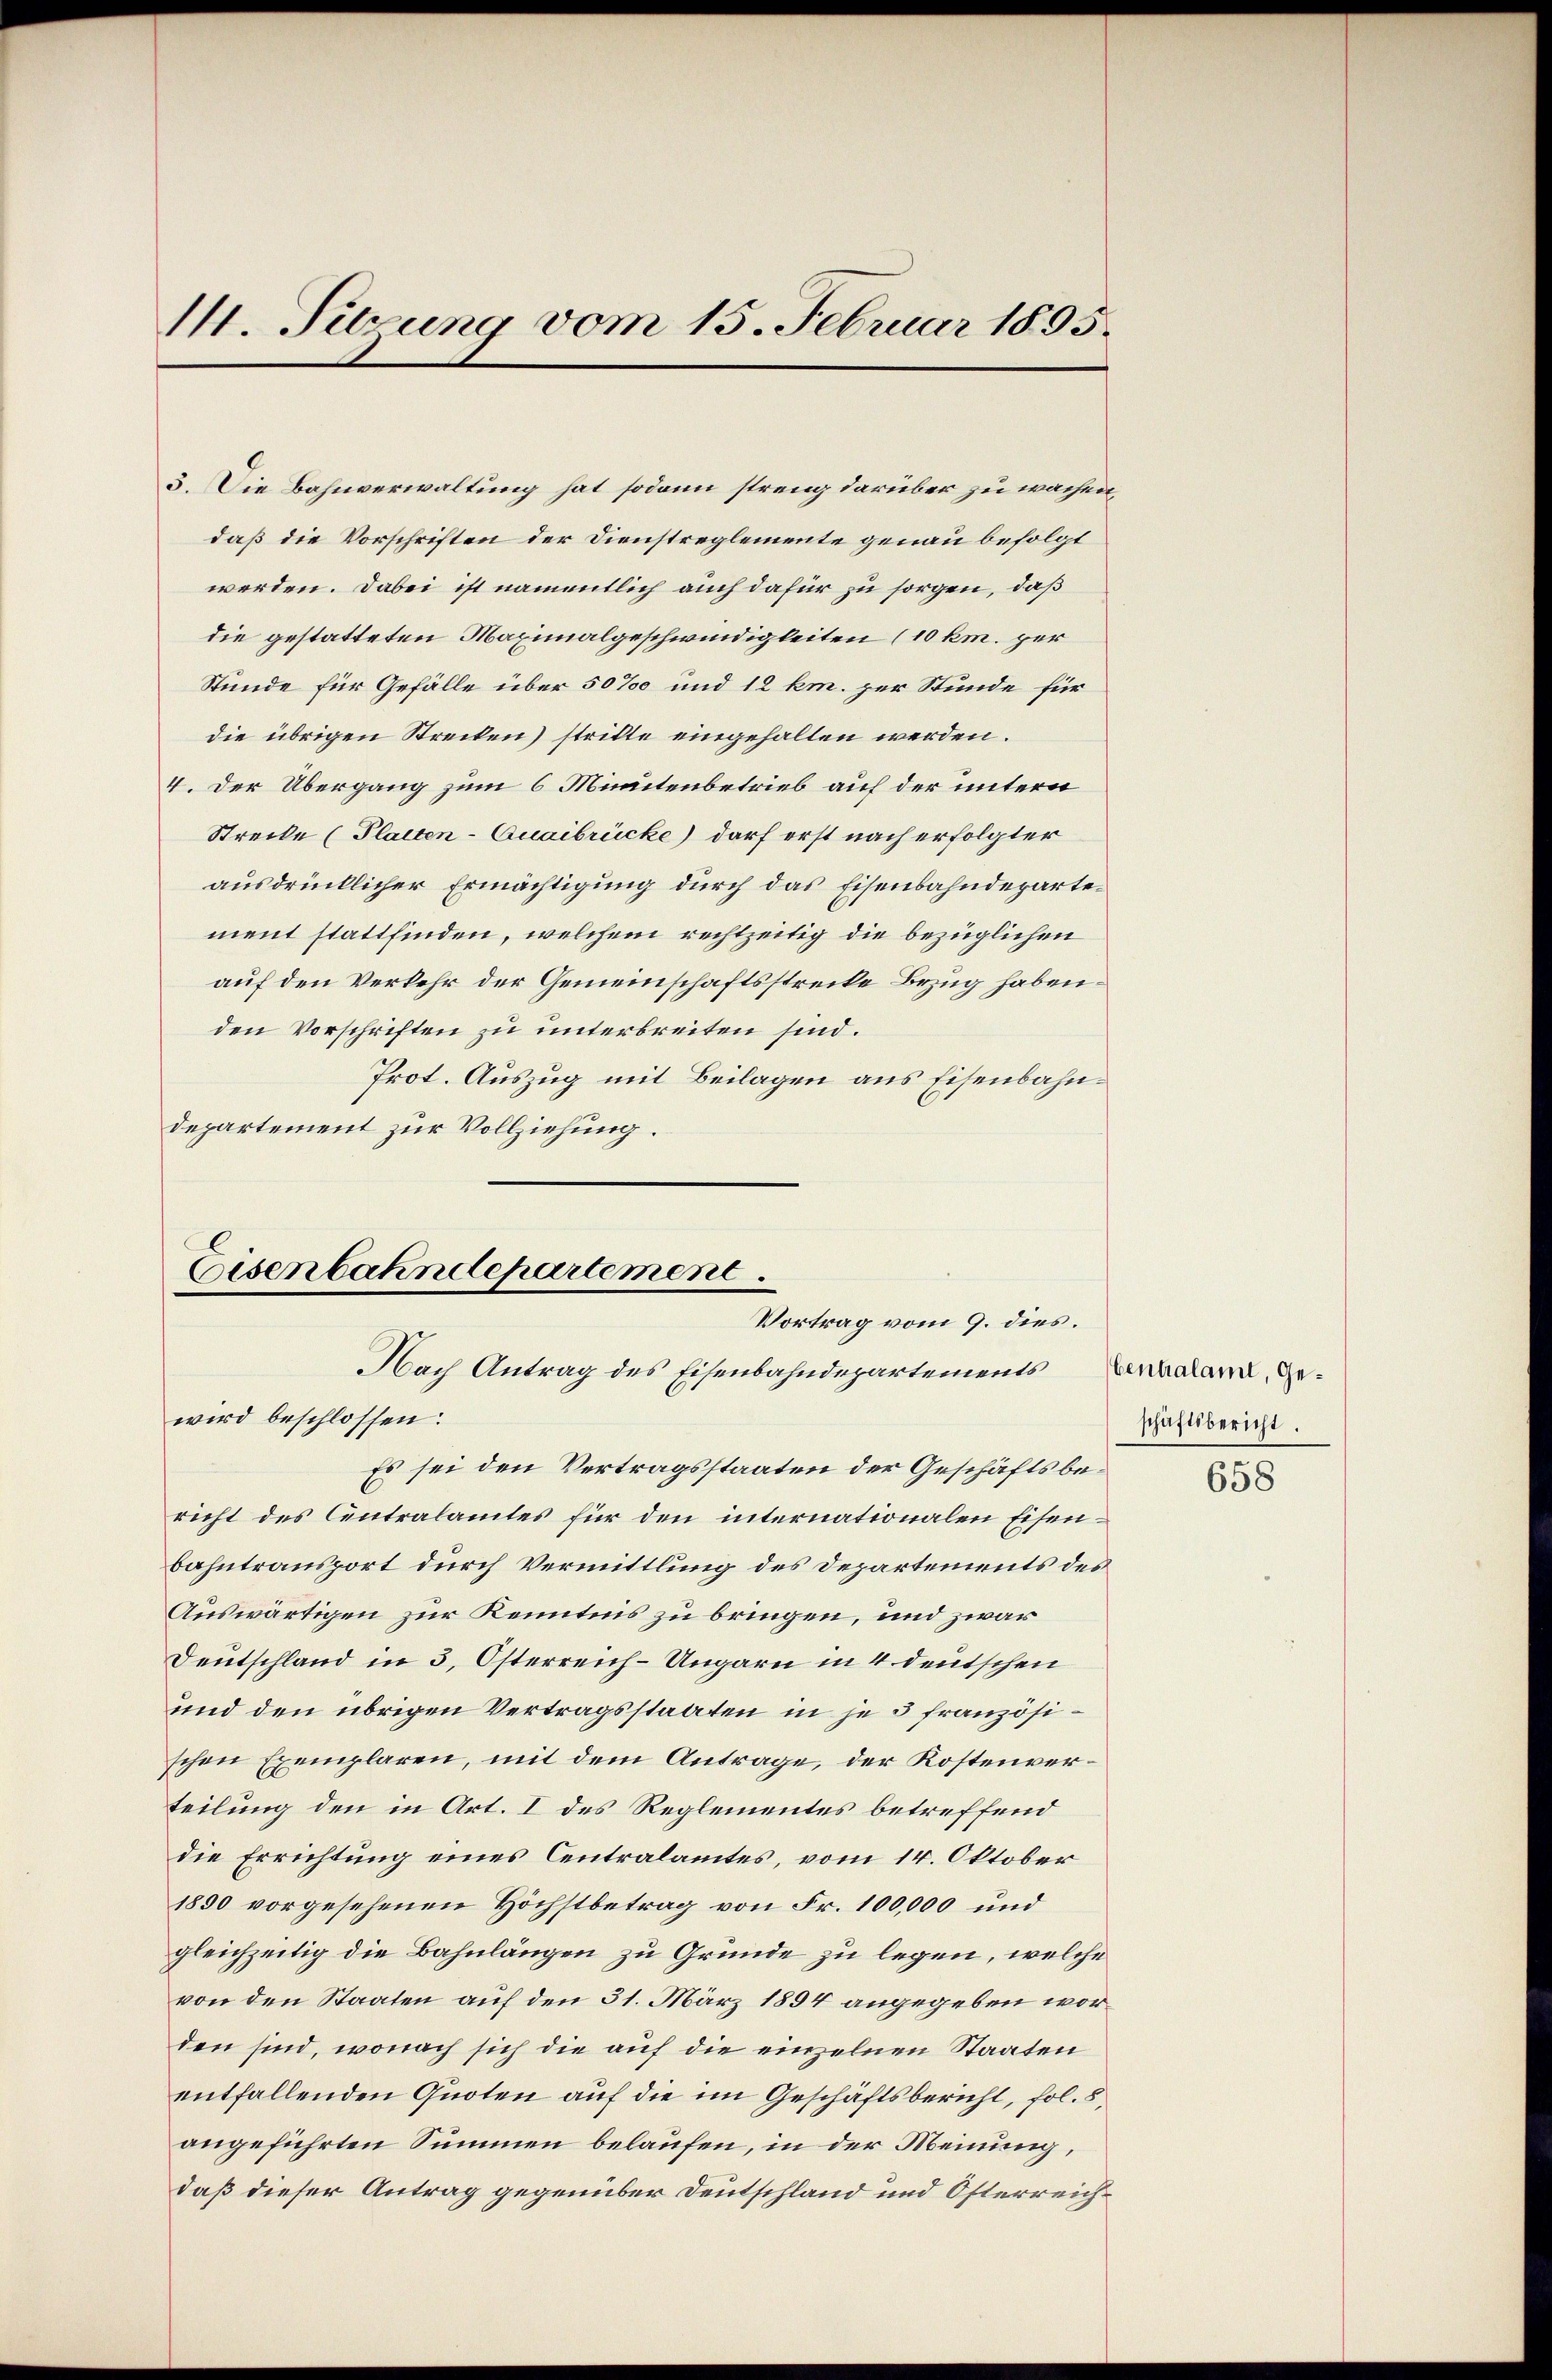
I4. Sitzung vom 15. Februar 1895.

3. Die Bahnverwaltung hat sodann streng darüber zu wachen,
daß die Vorschriften der Dienstreglemente genau befolgt
werden. Dabei ist namentlich auch dafür zu sorgen, daß
die gestatteten Maximalgeschwindigkeiten (10 km. per
Stunde für Gefälle über 50‰ und 12 km. zur Stunde für
die übrigen Strecken) stritte eingehalten werden.
4. Der Übergang zum 6 Minutenbetrieb auf der untern
Strecke (Platten-Quaibrücke) darf erst nach erfolgter
ausdrücklicher Ermächtigung durch das Eisenbahndepartement stattfinden, welchem rechtzeitig die bezüglichen
auf den Verkehr der Gemeinschaftsstrecke Bezug habenden Vorschriften zu unterbreiten sind.
Prot. Auszug mit Beilagen aus Eisenbahndepartement zur Vollziehung.

Eisenbahndepartement
Vortrag vom 9. dies.
Nach Antrag des Eisenbahndepartementskalam, ge¬

wird beschlossen:
Es sei den Vertragsstaaten der Geschäftsbericht des Centralamtes für den internationalen Eisenbahntransport durch Vermittlung des Departements des
Auswärtigen zur Kenntnis zu bringen, und zwar
Deutschland in 5, Österreich-Ungarn in 4 deutschen
und den übrigen Vertragsstaaten in je 3 französischen Exemplaren, mit dem Antrage, der Kostenverteilung den in Art. I des Reglementes betreffend
die Errichtung eines Centralamtes, vom 14. Oktober
1890 vorgesehenen Höchstbetrag von Fr. 100,000 und
gleichzeitig die Bahnlängen zu Gründe zu legen, welche
von den Staaten auf den 31. März 1894 angegeben worden sind, wonach sich die auf die einzelnen Staaten
entfallenden Quoten auf die im Geschäftsbericht, fol. 8
angeführten Summen belaufen, in der Meinung,
daß dieser Antrag gegenüber Deutschland und Osterreich¬

schäftsbericht.

658